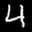
Label: 4